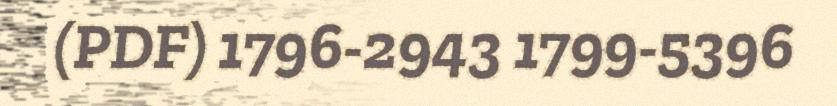
(PDF) 1796-2943 1799-5396